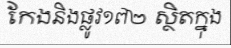
កែងនិងផ្លូវ១៧២ ស្ថិតក្នុង